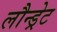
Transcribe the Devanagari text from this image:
लौन्ड्रेट